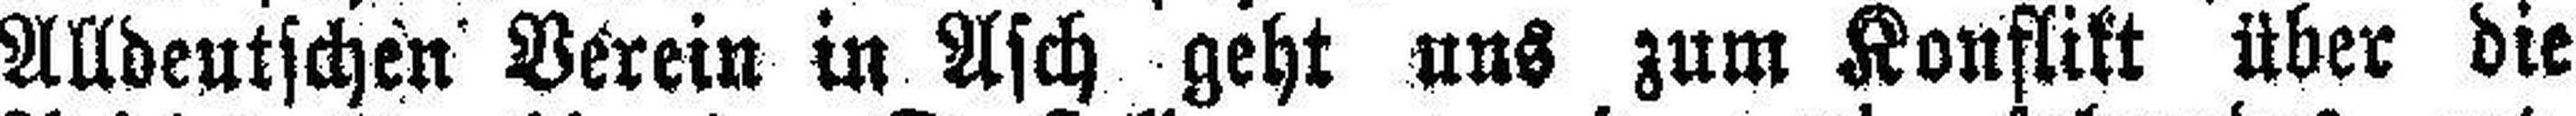
Alldeutschen Verein in Asch geht uns zum Konflikt über die